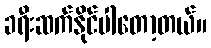
ခရီးဆက်နိုင်ပါတော့တယ်။